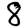
Digit: 8